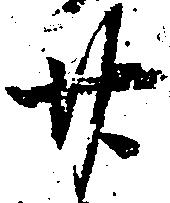
廿